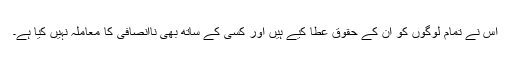
اس نے تمام لوگوں کو ان کے حقوق عطا کیے ہیں اور کسی کے ساتھ بھی ناانصافی کا معاملہ نہیں کیا ہے۔